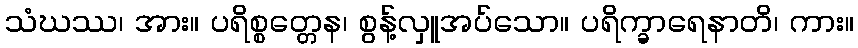
သံဃဿ၊ အား။ ပရိစ္စတ္တေန၊ စွန့်လှူအပ်သော။ ပရိက္ခာရေနာတိ၊ ကား။